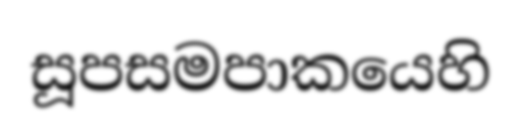
සූපසමපාකයෙහි